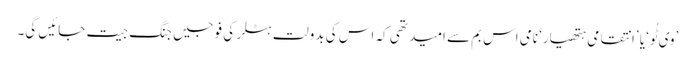
’وی ٹُو‘ یا ’انتقامی ہتھیار‘ نامی اس بم سے امید تھی کہ اس کی بدولت ہٹلر کی فوجیں جنگ جیت جائیں گی۔